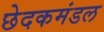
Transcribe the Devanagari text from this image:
छेदकमंडल